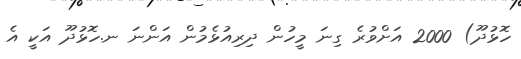
ހޮޅުދޫ) 2000 އަށްވުރެ ގިނަ މީހުން ދިރިއުޅެމުން އަންނަ ނ.ހޮޅުދޫ އަކީ އެ